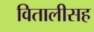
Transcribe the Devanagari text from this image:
वितालीसह